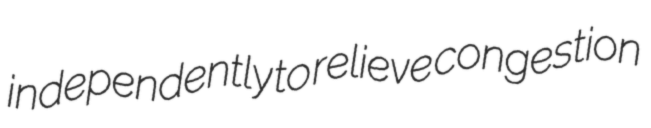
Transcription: independently to relieve congestion